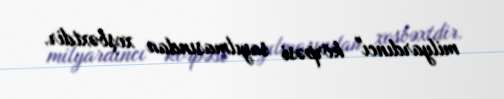
milyardıncı" körpəsi sayılmasından xoşbəxtdir.